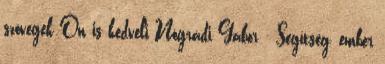
szövegek Ön is kedveli Nógrádi Gábor - Segítség, ember